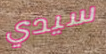
سيدي